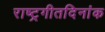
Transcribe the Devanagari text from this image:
राष्ट्रगीतदिनांक